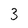
Character: 3